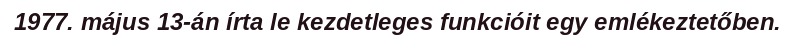
1977. május 13-án írta le kezdetleges funkcióit egy emlékeztetőben.